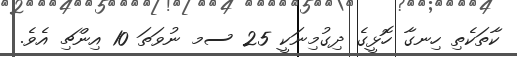
ކާތަކެތި ހިނގާ ހޮޅީގެ ދިގުމިނަކީ 25 ސމ ނުވަތަ 10 އިންޗި އެވެ.